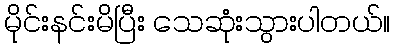
မိုင်းနင်းမိပြီး သေဆုံးသွားပါတယ်။